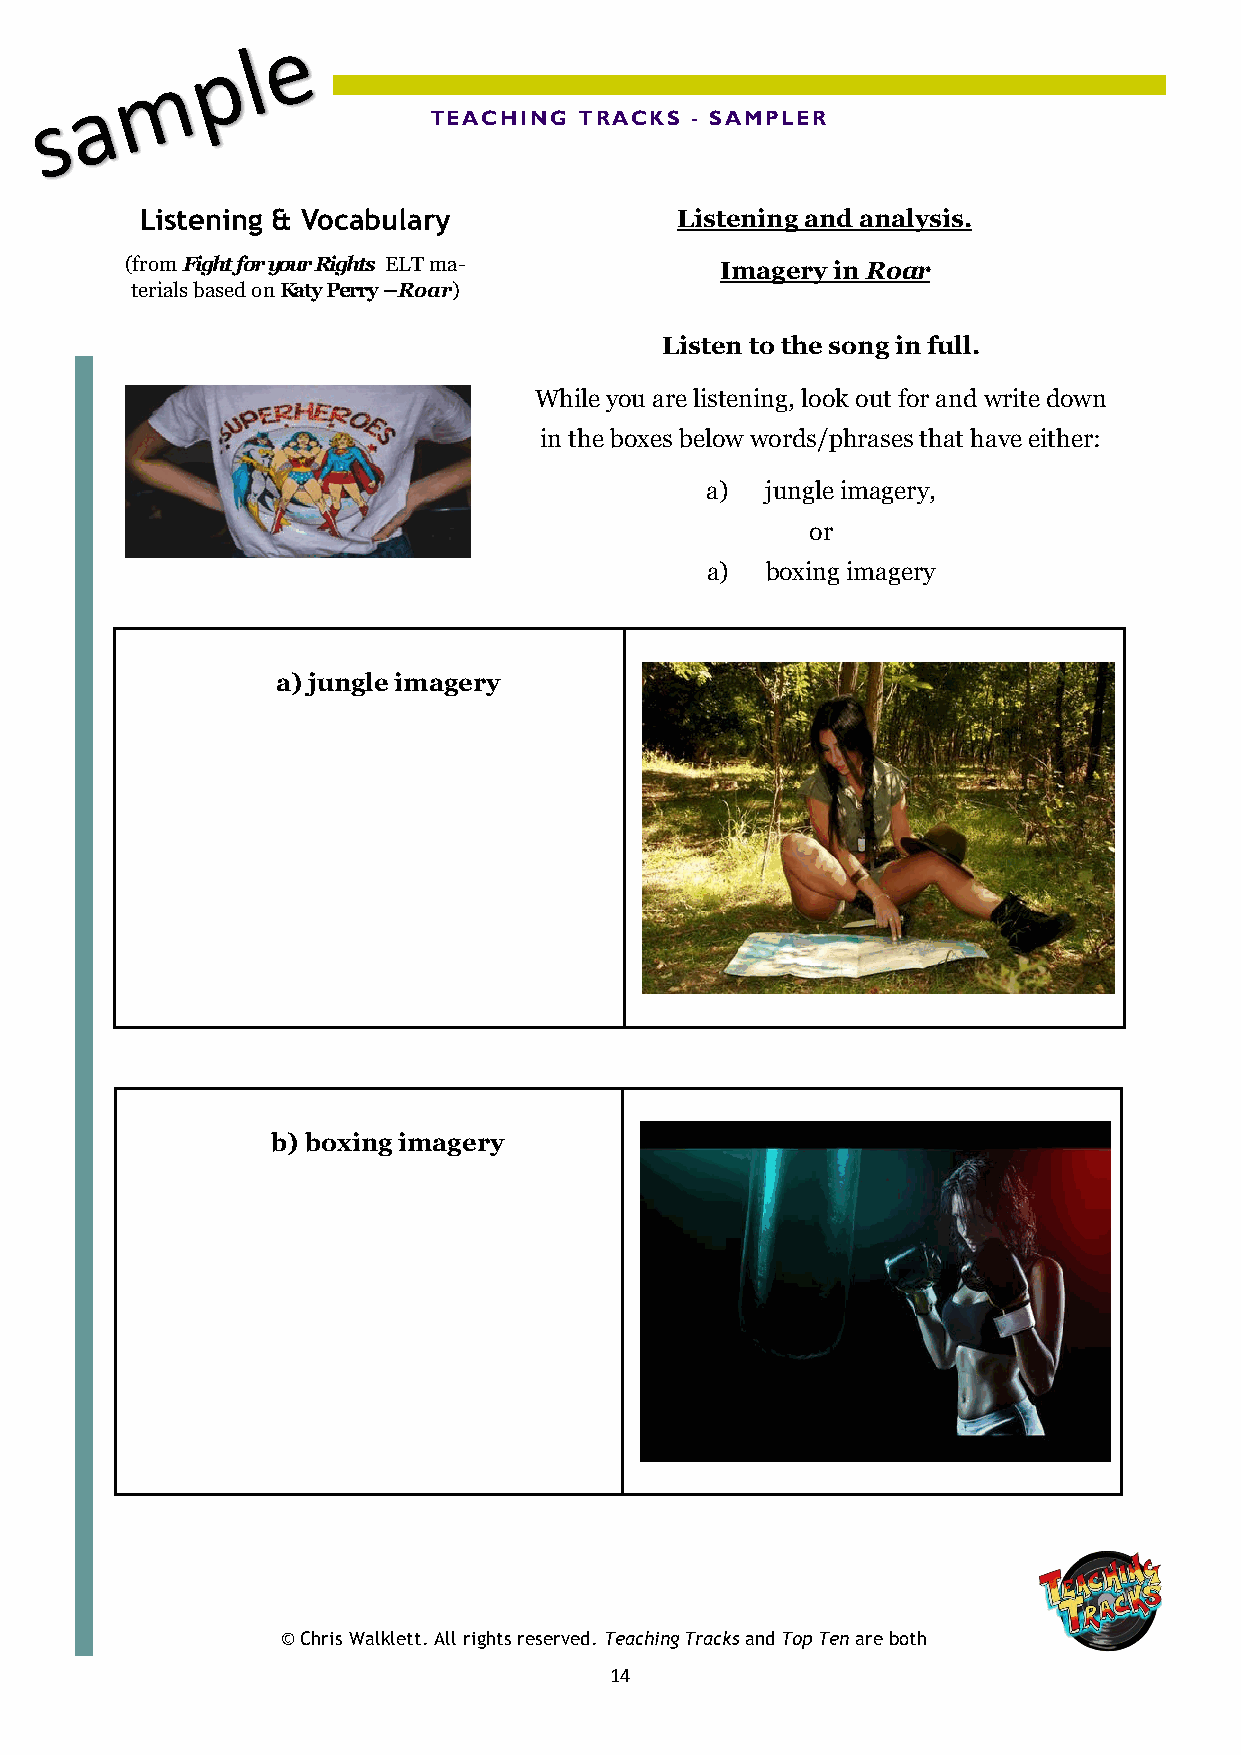
TEACHING  TRACKS  - SAMPLER
 Listening & Vocabulary              Listening and analysis.
 (from Fight for your Rights ELT ma-     Imagery in Roar
 terials based on Katy Perry –Roar)
 Listen to the song in full.
 While you are listening, look out for and write down
 in the boxes below words/phrases that have either:
 a)  jungle imagery,
 or
 a)  boxing imagery
 a) jungle imagery
 b) boxing imagery
 © Chris Walklett. All rights reserved. Teaching Tracks and Top Ten are both
 14